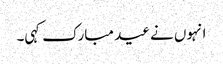
انہوں نے عید مبارک کہی۔